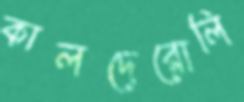
কালদেরোলি